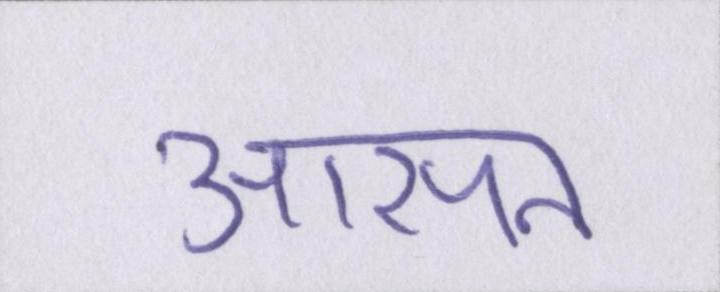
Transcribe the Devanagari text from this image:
आसन